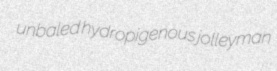
unbaled hydropigenous jolleyman